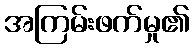
အကြမ်းဖက်မှု၏